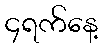
၄ရက်နေ့